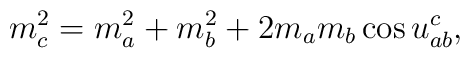
m_c^2=m_a^2+m_b^2+2m_a m_b \cos u_{ab}^c,